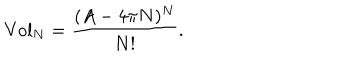
LaTeX: \mathrm { { V o l } } _ { N } = \frac { ( A - 4 \pi N ) ^ { N } } { N ! } .